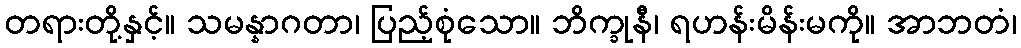
တရားတို့နှင့်။ သမန္နာဂတာ၊ ပြည့်စုံသော။ ဘိက္ခုနီ၊ ရဟန်းမိန်းမကို။ အာဘတံ၊